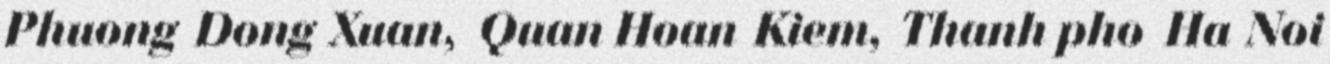
Phuong Dong Xuan, Quan Hoan Kiem, Thanh pho Ha Noi